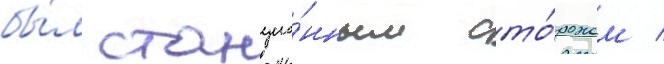
бы́л станцио́нным сто́рожем /